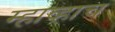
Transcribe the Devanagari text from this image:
म्हाव्हाच